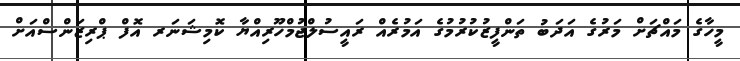
މީހާގެ މައްޗަށް މަރުގެ އަދަބު ތަންފީޒުކުރުމުގެ އަމުރެއް ރައީސުލްޖުމްހޫރިއްޔާ ކޮމިޝަނަރ އޮފް ޕްރިޒަންސްއަށް